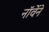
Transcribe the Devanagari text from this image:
नॉर्वेने